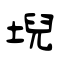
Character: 堄